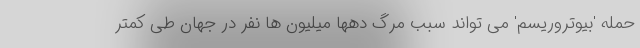
حمله 'بیوتروریسم' می تواند سبب مرگ دهها میلیون ها نفر در جهان طی کمتر